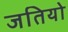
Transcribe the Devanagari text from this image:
जतियो